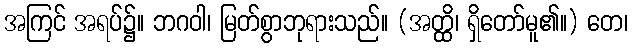
အကြင် အရပ်၌။ ဘဂဝါ၊ မြတ်စွာဘုရားသည်။ (အတ္ထိ၊ ရှိတော်မူ၏။) တေ၊